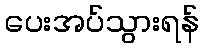
ပေးအပ်သွားရန်